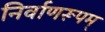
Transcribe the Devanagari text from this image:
निर्वाणरूपम्